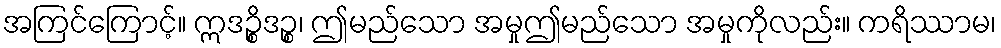
အကြင်ကြောင့်။ ဣဒဉ္စိဒဉ္စ၊ ဤမည်သော အမှုဤမည်သော အမှုကိုလည်း။ ကရိဿာမ၊